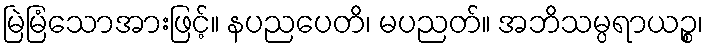
မြဲမြံသောအားဖြင့်။ နပညပေတိ၊ မပညတ်။ အဘိသမ္ပရာယဉ္စ၊